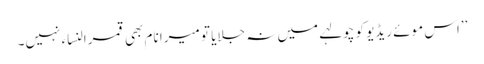
’’اس موئے ریڈیو کو چولہے میں نہ جلایا تو میرا نام بھی قمرالنساء نہیں۔